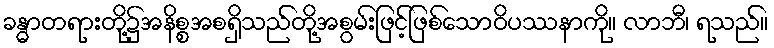
ခန္ဓာတရားတို့၌အနိစ္စအစရှိသည်တို့အစွမ်းဖြင့်ဖြစ်သောဝိပဿနာကို။ လာဘီ၊ ရသည်။